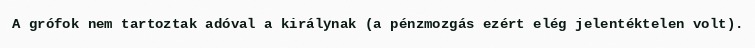
A grófok nem tartoztak adóval a királynak (a pénzmozgás ezért elég jelentéktelen volt).